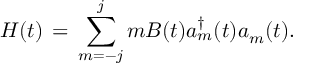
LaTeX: H ( t ) \, = \, \sum _ { m = - j } ^ { j } m B ( t ) a _ { m } ^ { \dagger } ( t ) a _ { m } ( t ) .